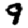
Digit: 9